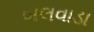
બલવાડા